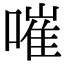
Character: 嗺